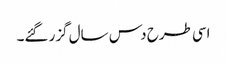
اسی طرح دس سال گزر گئے۔